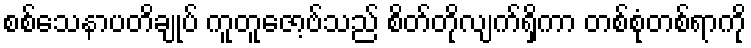
စစ်သေနာပတိချုပ် ကူတူဇော့ဗ်သည် စိတ်တိုလျက်ရှိကာ တစ်စုံတစ်ရာကို